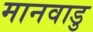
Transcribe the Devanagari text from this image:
मानवाडु